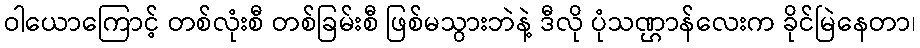
ဝါယောကြောင့် တစ်လုံးစီ တစ်ခြမ်းစီ ဖြစ်မသွားဘဲနဲ့ ဒီလို ပုံသဏ္ဌာန်လေးက ခိုင်မြဲနေတာ၊